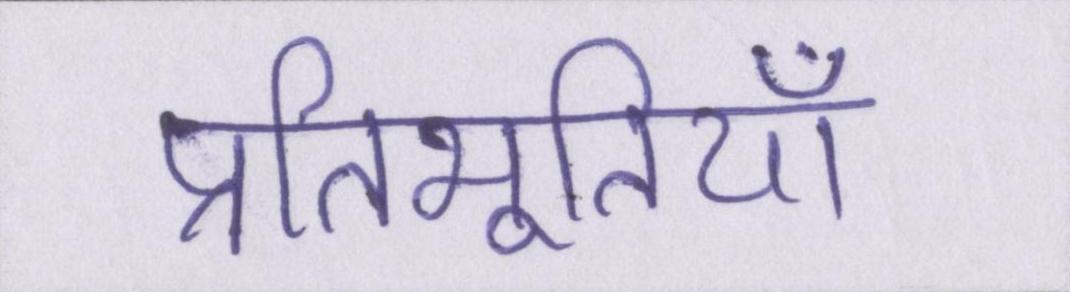
प्रतिभूतियाँ